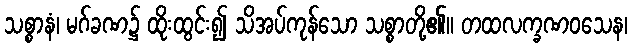
သစ္စာနံ၊ မဂ်ခဏ၌ ထိုးထွင်း၍ သိအပ်ကုန်သော သစ္စာတို့၏။ တထလက္ခဏဝသေန၊